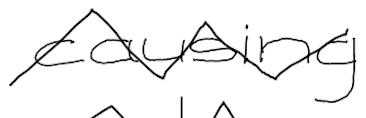
Text: causing
Cross-out: zig-zag
Writing tool: digital_black